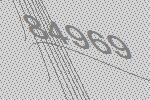
84969